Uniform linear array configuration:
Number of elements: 8
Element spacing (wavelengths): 0.75
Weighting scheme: kaiser
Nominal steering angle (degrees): -60
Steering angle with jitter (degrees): -58.185
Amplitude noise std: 0.05
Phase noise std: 0.05

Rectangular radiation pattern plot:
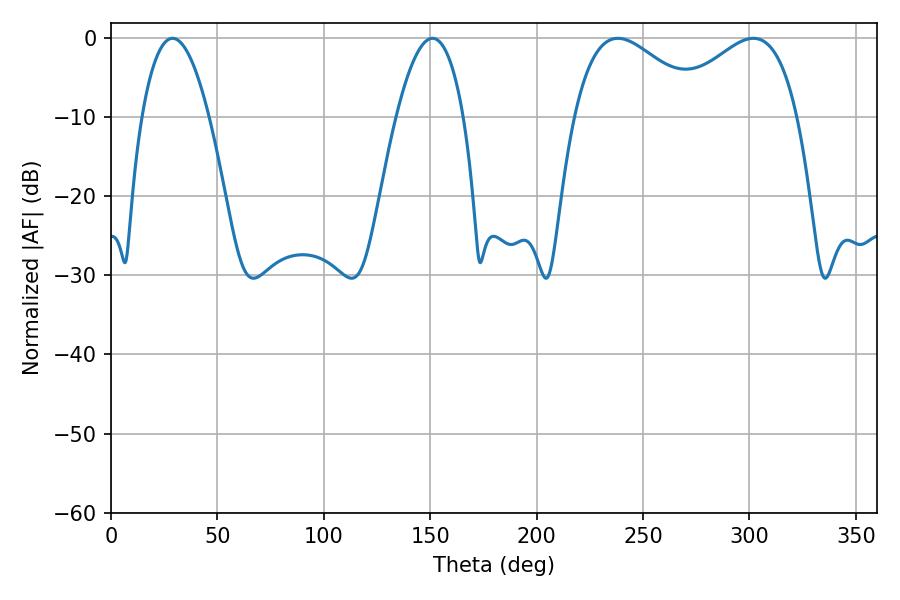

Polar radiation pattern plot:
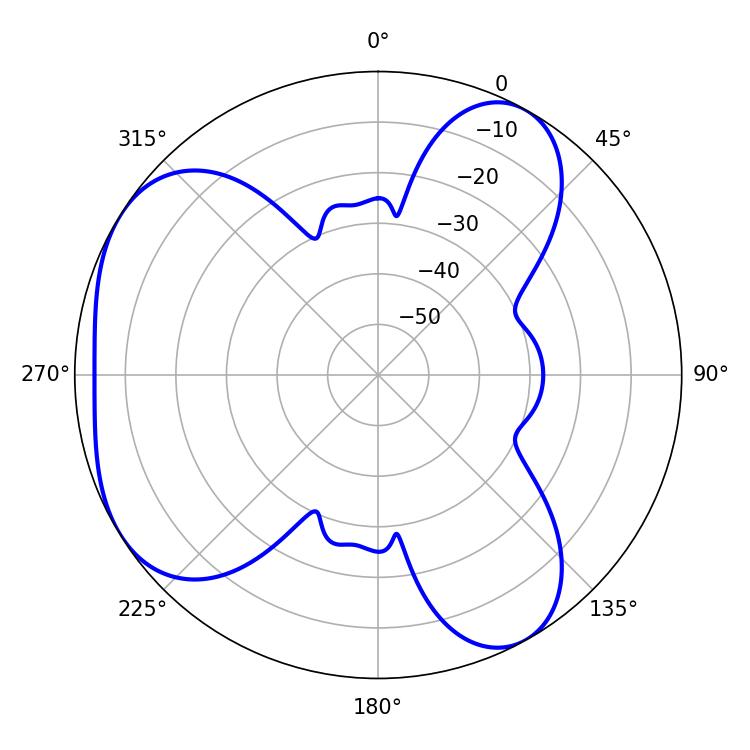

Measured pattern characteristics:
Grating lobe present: TRUE
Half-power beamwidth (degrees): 33.48
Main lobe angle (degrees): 238.14